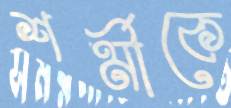
শর্মীকে